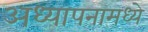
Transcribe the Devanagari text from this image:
अध्यापनामध्ये